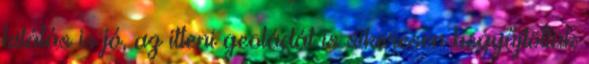
kilátás is jó, az itteni geoládát is sikeresen begyűjtöttük